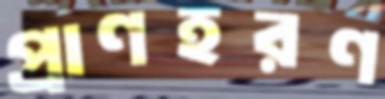
প্রাণহরণ